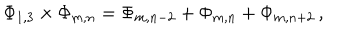
\Phi _ { 1 , 3 } \times \Phi _ { m , n } = \Phi _ { m , n - 2 } + \Phi _ { m , n } + \Phi _ { m , n + 2 } \, ,